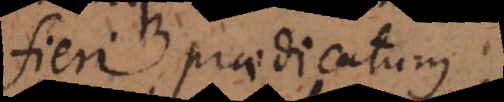
fieri praedicatum